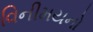
વિનીમયનો